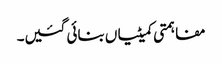
مفاہمتی کمیٹیاں بنائی گئیں۔